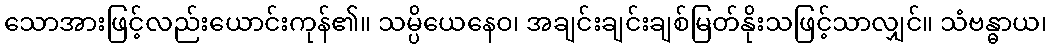
သောအားဖြင့်လည်းယောင်းကုန်၏။ သမ္ပိယေနေဝ၊ အချင်းချင်းချစ်မြတ်နိုးသဖြင့်သာလျှင်။ သံဗန္ဓာယ၊